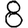
Digit: 8